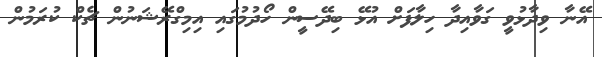
އޭނާ ވިދާޅުވީ ގަވާއިދާ ހިލާފަށް އުޅޭ ބިދޭސީން ހޯދުމުގައި އިމިގްރޭޝަނުން ޗެކް ކުރަމުން